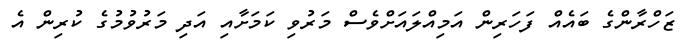
ޒަހްރާންގެ ބައެއް ފަހަރިން އަމިއްލައަށްވެސް މަރުވި ކަމަށާއި އަދި މަރުވުމުގެ ކުރިން އެ